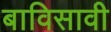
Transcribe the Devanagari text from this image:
बाविसावी